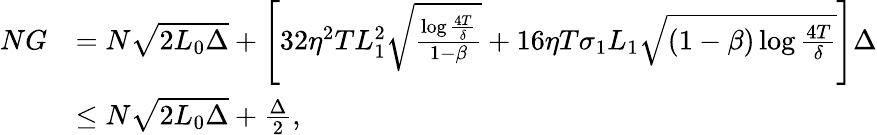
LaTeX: \begin{array}{rl}{NG}&{=N\sqrt{2L_{0}\Delta}+\left[32\eta^{2}TL_{1}^{2}\sqrt{\frac{\log\frac{4T}{\delta}}{1-\beta}}+16\eta T\sigma_{1}L_{1}\sqrt{(1-\beta)\log\frac{4T}{\delta}}\right]\Delta}\\ &{\leq N\sqrt{2L_{0}\Delta}+\frac{\Delta}{2},}\end{array}